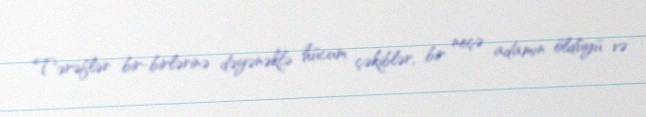
Tərəflər bir-birlərinə dəyənəklə hücum çəkiblər, bir neçə adamın öldüyü və